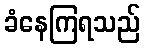
ခံနေကြရသည်